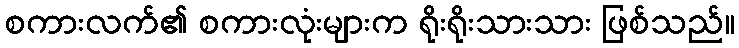
စကားလက်၏ စကားလုံးများက ရိုးရိုးသားသား ဖြစ်သည်။